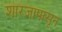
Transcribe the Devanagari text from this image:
शारजापासून